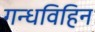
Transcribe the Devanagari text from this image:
गन्धविहिन